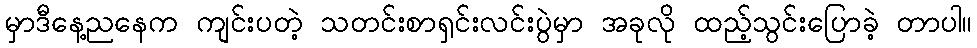
မှာဒီနေ့ညနေက ကျင်းပတဲ့ သတင်းစာရှင်းလင်းပွဲမှာ အခုလို ထည့်သွင်းပြောခဲ့ တာပါ။